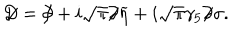
D \! \! \! / = \partial \! \! \! / + i \sqrt { \pi } \partial \! \! \! / \widetilde \eta + i \sqrt \pi \gamma _ { 5 } \partial \! \! \! / \sigma .